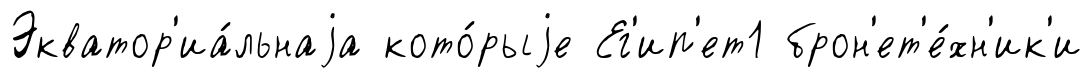
Экватор'иа́льнаjа кото́рыjе Ег'ип'ет1 брон'ет'е́хн'ик'и